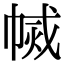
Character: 𢄅